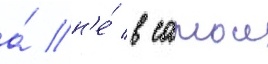
а́ н'е́ в самои